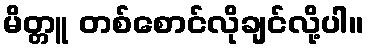
မိတ္တူ တစ်စောင်လိုချင်လို့ပါ။